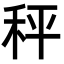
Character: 秤